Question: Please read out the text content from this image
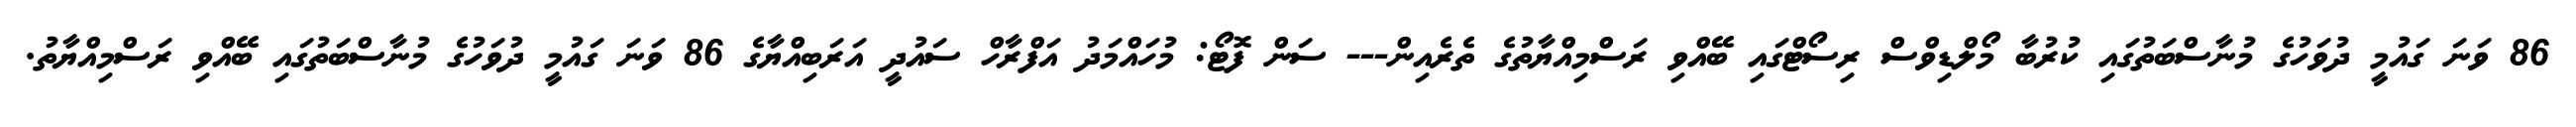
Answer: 86 ވަނަ ގައުމީ ދުވަހުގެ މުނާސްބަތުގައި ކުރުބާ މޯލްޑިވްސް ރިސޯޓްގައި ބޭއްވި ރަސްމިއްޔާތުގެ ތެރެއިން--- ސަން ފޮޓޯ: މުހައްމަދު އަފްރާހް ސައުދީ އަރަބިއްޔާގެ 86 ވަނަ ގައުމީ ދުވަހުގެ މުނާސްބަތުގައި ބޭއްވި ރަސްމިއްޔާތު.